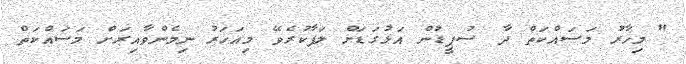
" މިހާރު މަސައްކަތް ދާ ސުޕީޑުން އަޅުގަޑަށް ލަފާކުރެވޭ މިއަހަރު ނިމެންވާއިރަށް މަސައްކަތް